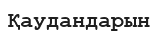
Қаудандарын